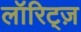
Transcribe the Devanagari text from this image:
लॉरिट्ज़